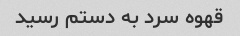
قهوه سرد به دستم رسید